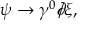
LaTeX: \psi \rightarrow \gamma ^ { 0 } \partial \! \! \! / \xi ,